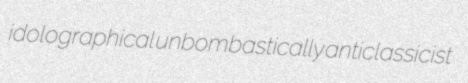
idolographical unbombastically anticlassicist